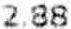
2.88